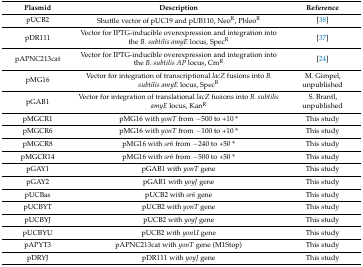
<table><thead><tr><td><b>Plasmid</b></td><td><b>Description</b></td><td><b>Reference</b></td></tr></thead><tbody><tr><td>pUCB2</td><td>Shuttle vector of pUC19 and pUB110, Neo<sup>R</sup>, Phleo<sup>R</sup></td><td>[38]</td></tr><tr><td>pDR111</td><td>Vector for IPTG-inducible overexpression and integration into the <i>B. subtilis amyE</i> locus, Spec<sup>R</sup></td><td>[37]</td></tr><tr><td>pAPNC213cat</td><td>Vector for IPTG-inducible overexpression and integration into the <i>B. subtilis AP</i> locus, Cm<sup>R</sup></td><td>[24]</td></tr><tr><td>pMG16</td><td>Vector for integration of transcriptional <i>lacZ</i> fusions into <i>B. subtilis amyE</i> locus, Spec<sup>R</sup></td><td>M. Gimpel, unpublished</td></tr><tr><td>pGAB1</td><td>Vector for integration of translational <i>lacZ</i> fusions into <i>B. subtilis amyE</i> locus, Kan<sup>R</sup></td><td>S. Brantl, unpublished</td></tr><tr><td>pMGCR1</td><td>pMG16 with <i>yonT</i> from −500 to +10 *</td><td>This study</td></tr><tr><td>pMGCR6</td><td>pMG16 with <i>yonT</i> from −100 to +10 *</td><td>This study</td></tr><tr><td>pMGCR8</td><td>pMG16 with <i>sr6</i> from −240 to +50 *</td><td>This study</td></tr><tr><td>pMGCR14</td><td>pMG16 with <i>sr6</i> from −500 to +50 *</td><td>This study</td></tr><tr><td>pGAY1</td><td>pGAB1 with <i>yonT</i> gene</td><td>This study</td></tr><tr><td>pGAY2</td><td>pGAB1 with <i>yoyJ</i> gene</td><td>This study</td></tr><tr><td>pUCBas</td><td>pUCB2 with <i>sr6</i> gene</td><td>This study</td></tr><tr><td>pUCBYT</td><td>pUCB2 with <i>yonT</i> gene</td><td>This study</td></tr><tr><td>pUCBYJ</td><td>pUCB2 with <i>yoyJ</i> gene</td><td>This study</td></tr><tr><td>pUCBYU</td><td>pUCB2 with <i>yonU</i> gene</td><td>This study</td></tr><tr><td>pAPYT3</td><td>pAPNC213cat with <i>yonT</i> gene (M1Stop)</td><td>This study</td></tr><tr><td>pDRYJ</td><td>pDR111 with <i>yoyJ</i> gene</td><td>This study</td></tr></tbody></table>